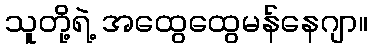
သူတို့ရဲ့ အထွေထွေမန်နေဂျာ။